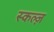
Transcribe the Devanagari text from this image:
स्कल्ज़